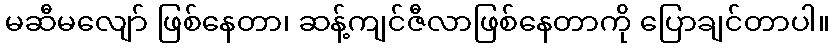
မဆီမလျော် ဖြစ်နေတာ၊ ဆန့်ကျင်ဇီလာဖြစ်နေတာကို ပြောချင်တာပါ။